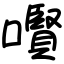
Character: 㘋